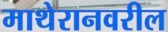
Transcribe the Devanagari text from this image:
माथेरानवरील